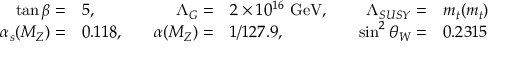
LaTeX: \begin{array} { r l r l r l } { { \tan \beta = } } & { { 5 , } } & { { \Lambda _ { G } = } } & { { 2 \times 1 0 ^ { 1 6 } \ \mathrm { G e V } , \quad } } & { { \Lambda _ { S U S Y } = } } & { { m _ { t } ( m _ { t } ) } } \\ { { \alpha _ { s } ( M _ { Z } ) = } } & { { 0 . 1 1 8 , \quad } } & { { \alpha ( M _ { Z } ) = } } & { { 1 / 1 2 7 . 9 , } } & { { \sin ^ { 2 } \theta _ { W } = } } & { { 0 . 2 3 1 5 } } \end{array}